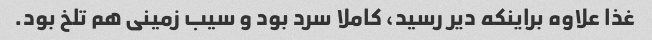
غذا علاوه براینکه دیر رسید، کاملا سرد بود و سیب زمینی هم تلخ بود.